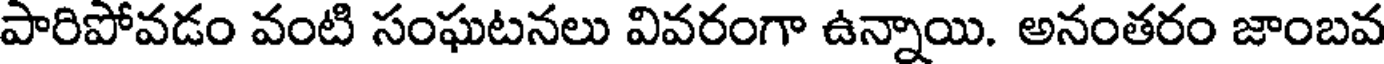
పారిపోవడం వంటి సంఘటనలు వివరంగా ఉన్నాయి. అనంతరం జాంబవ